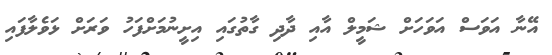
އޭނާ އަވަސް އަވަހަށް ޝަމީލް އާއި ދާދި ގާތުގައި އިށީނުމަށްފަހު ވަރަށް ޅަވެލާފައި